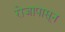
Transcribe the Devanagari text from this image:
रोजापासून